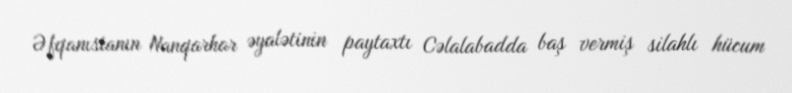
Əfqanıstanın Nanqarhar əyalətinin paytaxtı Cəlalabadda baş vermiş silahlı hücum